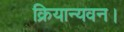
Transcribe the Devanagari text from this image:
क्रियान्यवन।